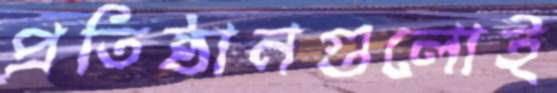
প্রতিষ্ঠানগুলোই